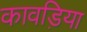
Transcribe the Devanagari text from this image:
कावड़िया